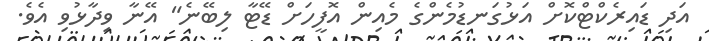
އަދި ޑައިރެކްޓްކޮށް އަޅުގަނޑުމެންގެ މެއިން އޮފީހަށް ޑޭޓާ ލިބޭނެ" އޭނާ ވިދާޅުވި އެވެ.